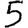
Digit: 5